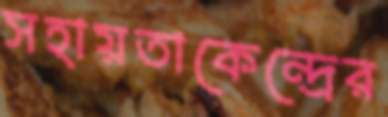
সহায়তাকেন্দ্রের